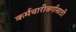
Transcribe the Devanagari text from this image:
कर्मचारीवर्गासाठी